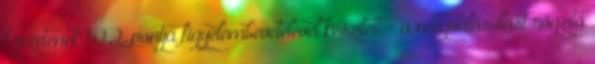
fejezetének 5.1.2. pontja figyelembevételével készített - a megvalósulást rögzítõ